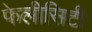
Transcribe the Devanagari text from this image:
फेलीसिटी